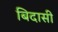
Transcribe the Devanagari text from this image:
बिदासी